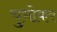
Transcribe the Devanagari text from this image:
चुभोकर